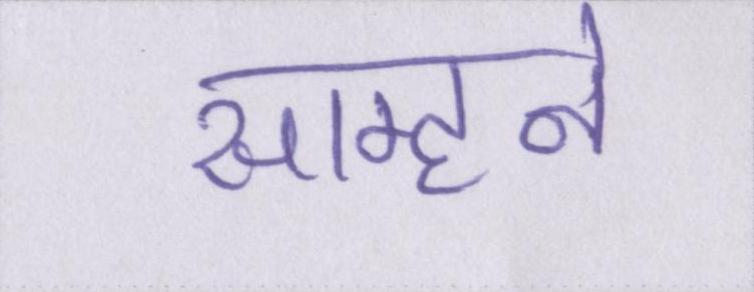
साम्हने